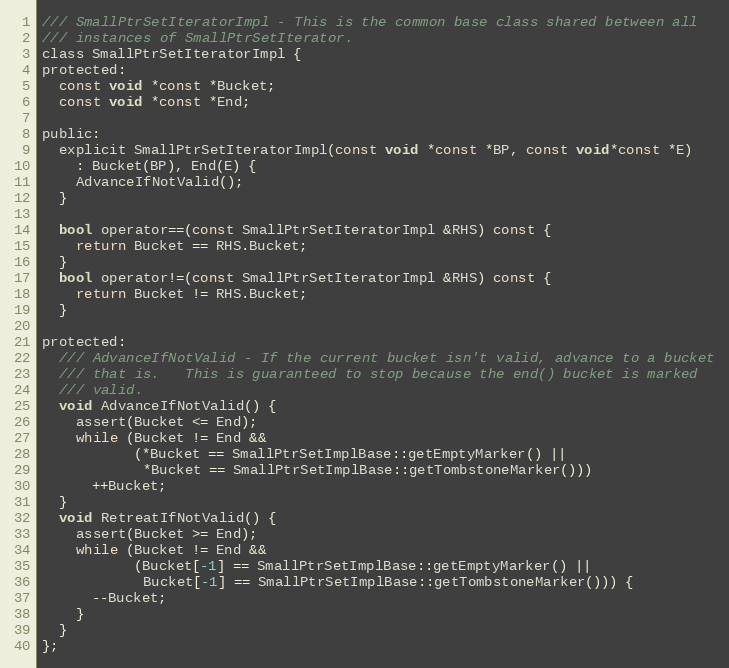
Language: C
/// SmallPtrSetIteratorImpl - This is the common base class shared between all
/// instances of SmallPtrSetIterator.
class SmallPtrSetIteratorImpl {
protected:
  const void *const *Bucket;
  const void *const *End;

public:
  explicit SmallPtrSetIteratorImpl(const void *const *BP, const void*const *E)
    : Bucket(BP), End(E) {
    AdvanceIfNotValid();
  }

  bool operator==(const SmallPtrSetIteratorImpl &RHS) const {
    return Bucket == RHS.Bucket;
  }
  bool operator!=(const SmallPtrSetIteratorImpl &RHS) const {
    return Bucket != RHS.Bucket;
  }

protected:
  /// AdvanceIfNotValid - If the current bucket isn't valid, advance to a bucket
  /// that is.   This is guaranteed to stop because the end() bucket is marked
  /// valid.
  void AdvanceIfNotValid() {
    assert(Bucket <= End);
    while (Bucket != End &&
           (*Bucket == SmallPtrSetImplBase::getEmptyMarker() ||
            *Bucket == SmallPtrSetImplBase::getTombstoneMarker()))
      ++Bucket;
  }
  void RetreatIfNotValid() {
    assert(Bucket >= End);
    while (Bucket != End &&
           (Bucket[-1] == SmallPtrSetImplBase::getEmptyMarker() ||
            Bucket[-1] == SmallPtrSetImplBase::getTombstoneMarker())) {
      --Bucket;
    }
  }
};